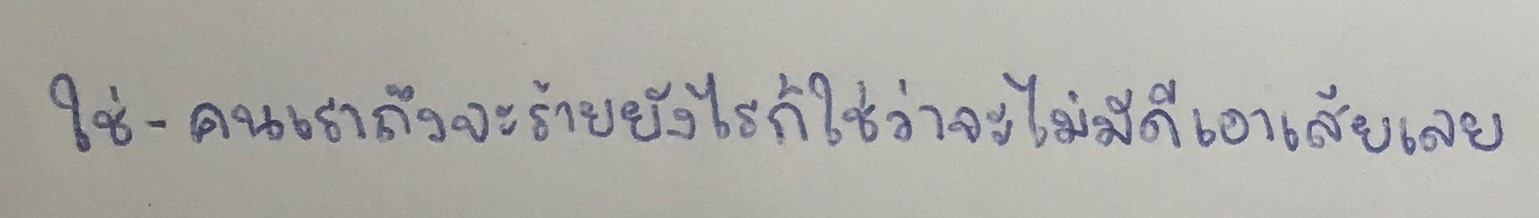
ใช่-คนเราถึงจะร้ายยังไรก็ใช่ว่าจะไม่มีดีเอาเสียเลย